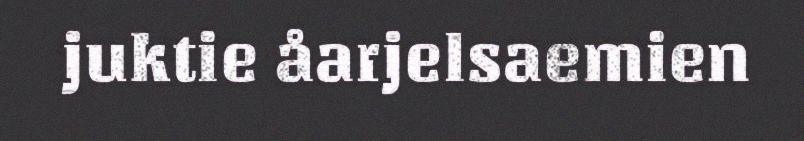
juktie åarjelsaemien